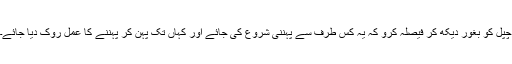
چپل کو بغور دیکھ کر فیصلہ کرو کہ یہ کس طرف سے پہننی شروع کی جائے اور کہاں تک پہن کر پہننے کا عمل روک دیا جائے۔